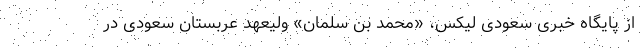
از پایگاه خبری سعودی لیکس، «محمد بن سلمان» ولیعهد عربستان سعودی در